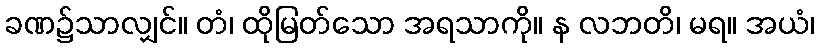
ခဏ၌သာလျှင်။ တံ၊ ထိုမြတ်သော အရသာကို။ န လဘတိ၊ မရ။ အယံ၊